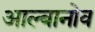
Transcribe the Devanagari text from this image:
आल्बानोव